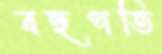
বহুপতি